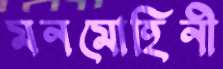
মনমোহিনী